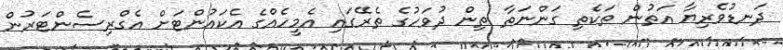
ދަނޑުވެރިޔާ އަތުން ތަކެތި ގަންނަތާ ތިން ދުވަހުގެ ތެރޭގައި އެމީހެއްގެ އެކައުންޓަށް އެގްރިސެންޓަރުން